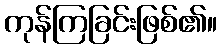
ကုန်ကြခြင်းဖြစ်၏။